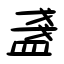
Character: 盞